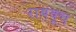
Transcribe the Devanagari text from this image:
राबवूच